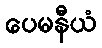
ပေမနီယံ